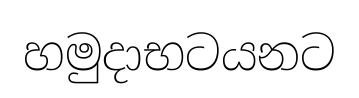
හමුදාභටයනට